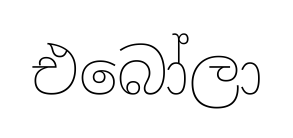
එබෝලා